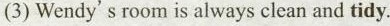
(3) Wendy's room is always clean and tidy.